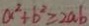
a ^ { 2 } + b ^ { 2 } \geq 2 a b